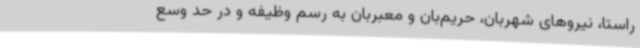
راستا، نیروهای شهربان، حریم‌بان و معبربان به رسم وظیفه و در حد وسع